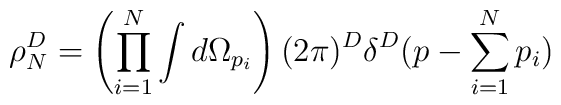
\rho_N^D = \left(\prod_{i=1}^N\int d\Omega_{p_i}\right)(2\pi)^D\delta^D (p-\sum_{i=1}^N p_i)